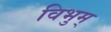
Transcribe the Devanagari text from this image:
विभुम्